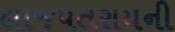
લાજપતરાયની